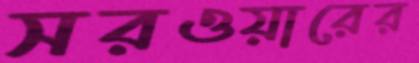
সরওয়ারের